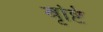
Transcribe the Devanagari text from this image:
बृष्टि